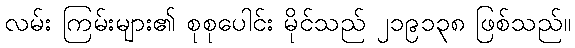
လမ်း ကြမ်းများ၏ စုစုပေါင်း မိုင်သည် ၂၁၉၁၃၈ ဖြစ်သည်။